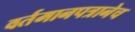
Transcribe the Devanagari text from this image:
वर्तमानपत्रानेच